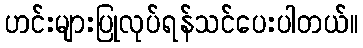
ဟင်းများပြုလုပ်ရန်သင်ပေးပါတယ်။